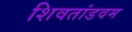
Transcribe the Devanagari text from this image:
शिवतांडवम